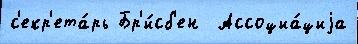
с'екр'ета́рь Бр'и́сб'ен  Ассоциа́циjа